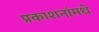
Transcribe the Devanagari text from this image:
प्रकाशनांमधे